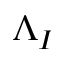
\Lambda _ { I }